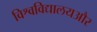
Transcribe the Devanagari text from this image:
विश्वविद्यालयऔर